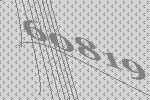
60819